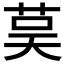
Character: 茣